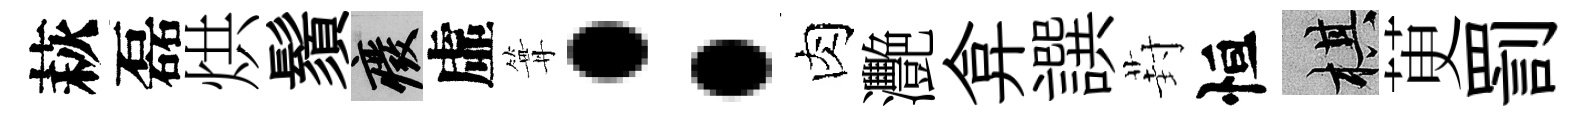
萩磊烘鬚廢虛篝：肉灧弇譔葑恒棋茰罰